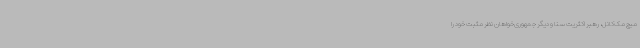
میچ مک‌کانل، رهبر اکثریت سنا و دیگر جمهوری‌خواهان نظر مثبت خود را